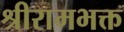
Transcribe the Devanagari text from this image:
श्रीरामभक्त